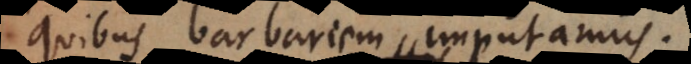
quibus barbariem imputamus.